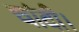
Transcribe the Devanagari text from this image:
चांदी।